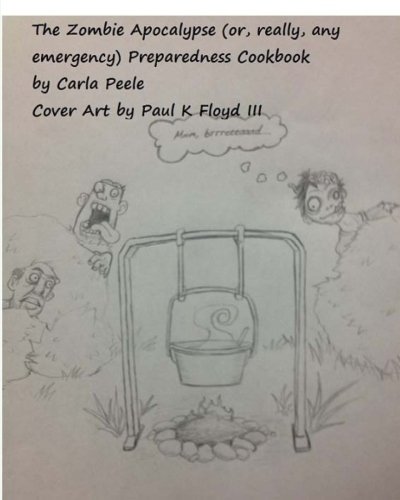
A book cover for The Zombie Apocalypse (or, really, any Emergency) Preparedness Cookbook; Carla Peele; Cookbooks, Food & Wine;